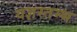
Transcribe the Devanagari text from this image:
यज्ञस्तम्भ